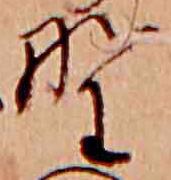
野